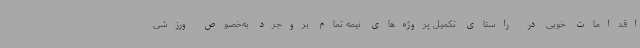
اقدامات خوبی در راستای تکمیل پروژه‌های نیمه تمام بروجرد به‌خصوص ورزشی